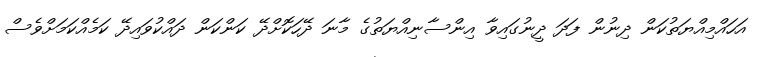
އަހައްމިއްޔަތުކަން ދިނުން ފަދަ ދީނުގައިވާ އިންސާނިއްޔަތުގެ މާނަ ދޭހަކޮށްދޭ ކަންކަން ދައްކުވައިދޭ ކަމެއްކަމަށްވެސް